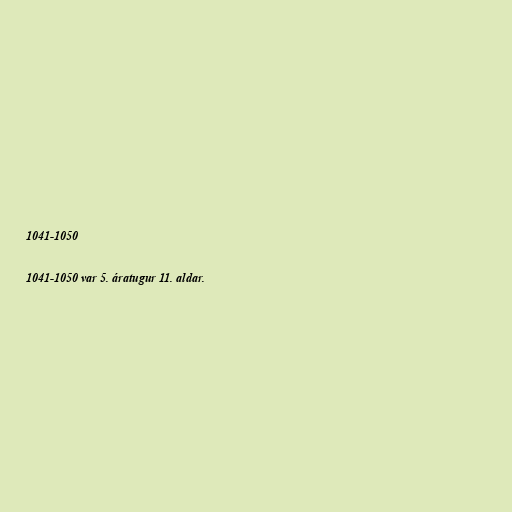
1041-1050

1041-1050 var 5. áratugur 11. aldar.